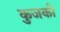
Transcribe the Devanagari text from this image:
कुजको